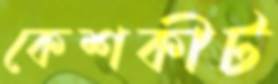
কেশকীট